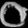
Digit: ၀